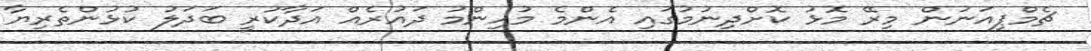
ޗެމްޕިއަނުން މިރޭ މޮޅު ކޮށްދިނުމުގައި އެންމެ މުހިންމު ދައުރެއް އަދާކުރީ ބަދަލު ކުޅުންތެރިޔާ